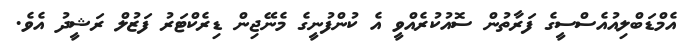
އެމްޑަބްލިއުއެސްސީގެ ފަރާތުން ސޮއުކުރެއްވީ އެ ކުންފުނީގެ މެނޭޖިން ޑިރެކްޓަރު ފަޒުލް ރަޝީދު އެވެ.